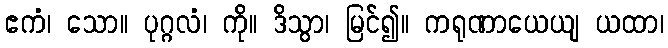
ဧကံ၊ သော။ ပုဂ္ဂလံ၊ ကို။ ဒိသွာ၊ မြင်၍။ ကရုဏာယေယျ ယထာ၊